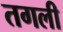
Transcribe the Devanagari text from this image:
तगली